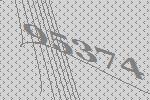
95374